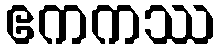
ဧကကဿ